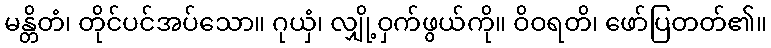
မန္တိတံ၊ တိုင်ပင်အပ်သော။ ဂုယှံ၊ လျှို့ဝှက်ဖွယ်ကို။ ဝိဝရတိ၊ ဖော်ပြတတ်၏။